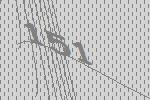
151